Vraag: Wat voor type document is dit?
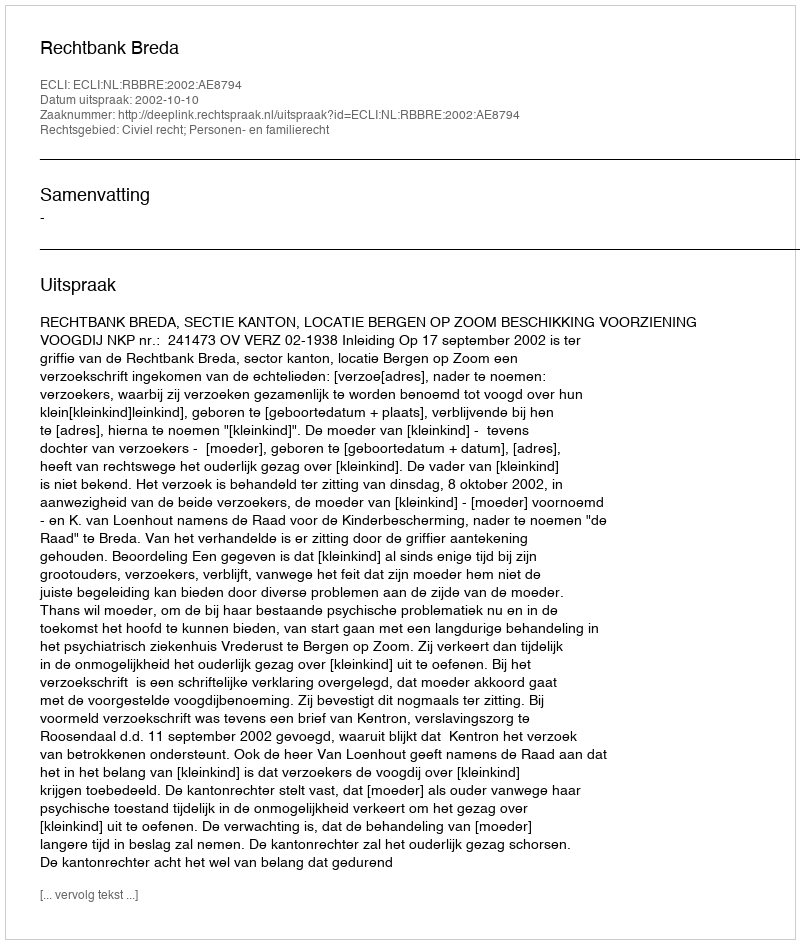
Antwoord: Uitspraak